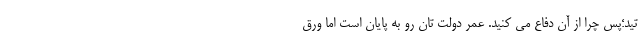
تید؛پس چرا از آن دفاع می کنید. عمر دولت تان رو به پایان است اما ورق